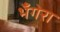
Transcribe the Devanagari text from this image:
भँगेरा